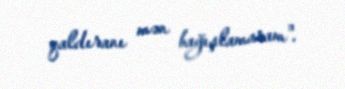
qaldıranı mən bağışlamaram".